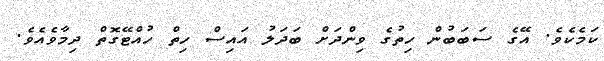
ކަމެކެވެ. އޭގެ ސަބަބުން ހިތުގެ ވިންދަށް ބަދަލު އައިސް ހިތް ހުއްޓޭގޮތް ދިމާވެއެވެ.